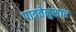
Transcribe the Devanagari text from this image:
पात्रतेनुसार